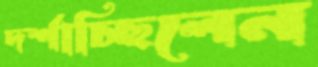
দর্শাচ্ছিলেন